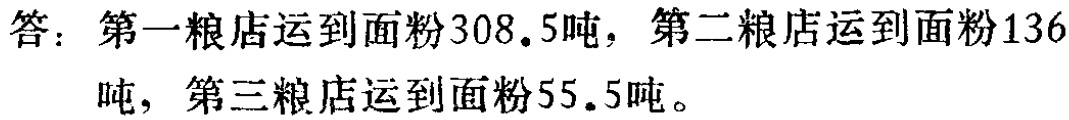
答：第一粮店运到面粉\(308.5\)吨，第二粮店运到面粉\(136\)吨，第三粮店运到面粉\(55.5\)吨。